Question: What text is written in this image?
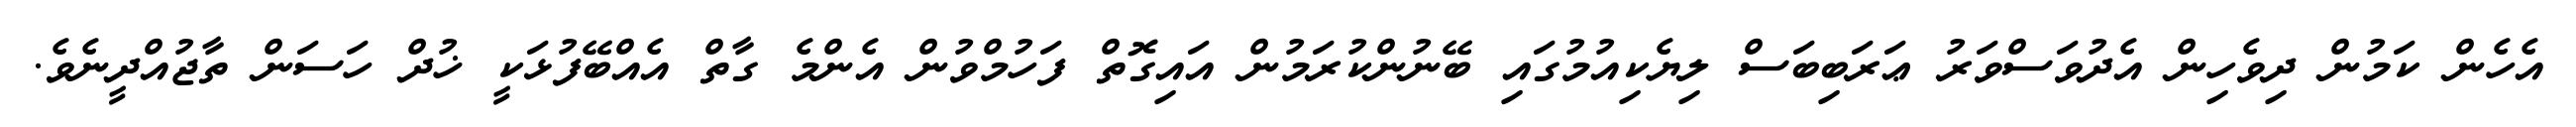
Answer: އެހެން ކަމުން ދިވެހިން އެދުވަސްވަރު ޢަރަބިބަސް ލިޔެކިއުމުގައި ބޭނުންކުރަމުން އައިގޮތް ފަހުމްވުން އެންމެ ގާތް އެއްބޭފުޅަކީ ޚުދް ހަސަން ތާޖުއްދީނެވެ.